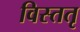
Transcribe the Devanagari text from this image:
विस्ततृ